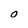
Character: O